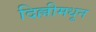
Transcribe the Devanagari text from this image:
दिल्लीमधून